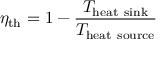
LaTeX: \eta _ { \mathrm { t h } } = 1 - { \frac { T _ { \mathrm { h e a t ~ s i n k } } } { T _ { \mathrm { h e a t ~ s o u r c e } } } }